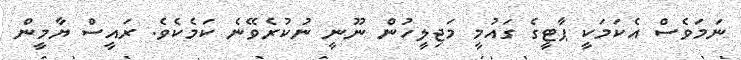
ނަމަވެސް އެކަމަކީ ޕާޓީގެ ގައުމީ މަޖިލީހުން ނޫނީ ނުކުރެވޭނެ ކަމެކެވެ. ރައީސް ޔާމީން